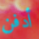
أدفن